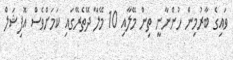
ވައިގެ ބާރުމިން ހުންނާނީ ތިން މޭލާއި 10 މޭލާ ދޭތެރޭގައި ކަމަށްވެސް އޮފިޝަލް